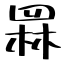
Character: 罧